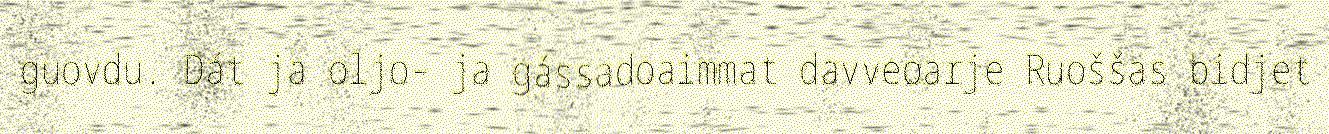
guovdu. Dát ja oljo- ja gássadoaimmat davveoarje Ruoššas bidjet